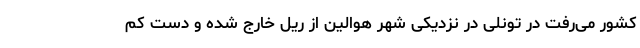
کشور می‌رفت در تونلی در نزدیکی شهر هوالین از ریل خارج شده و دست کم